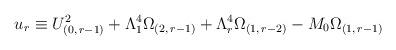
LaTeX: \begin{align*}u_{r} \equiv U_{(0,\,r-1)}^{2}+\Lambda _{1}^{4}\Omega_{(2,\, r-1)}+\Lambda_{r}^{4}\Omega_{(1,\, r-2)}-M_{0} \Omega_{(1,\, r-1)}\end{align*}